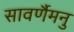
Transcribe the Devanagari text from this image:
सावर्णैमनु